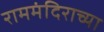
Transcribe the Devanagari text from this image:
राममंदिराच्या